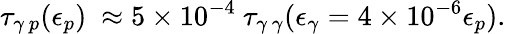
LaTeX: \tau_{\gamma\, p}(\epsilon_{p})~\approx 5\times 10^{-4}~\tau_{\gamma\, \gamma}(\epsilon_{\gamma}=4\times 10^{-6}\epsilon_{p}).